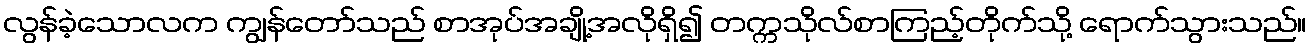
လွန်ခဲ့သောလက ကျွန်တော်သည် စာအုပ်အချို့အလိုရှိ၍ တက္ကသိုလ်စာကြည့်တိုက်သို့ ရောက်သွားသည်။